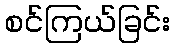
စင်ကြယ်ခြင်း